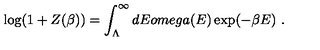
\log ( 1 + Z ( \beta ) ) = \int _ { \Lambda } ^ { \infty } d E o m e g a ( E ) \exp ( - \beta E ) \ .